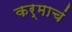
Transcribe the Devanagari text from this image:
कर्माचं